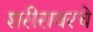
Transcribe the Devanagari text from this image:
शरीरावरचे